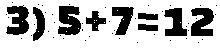
3) 5+7=12